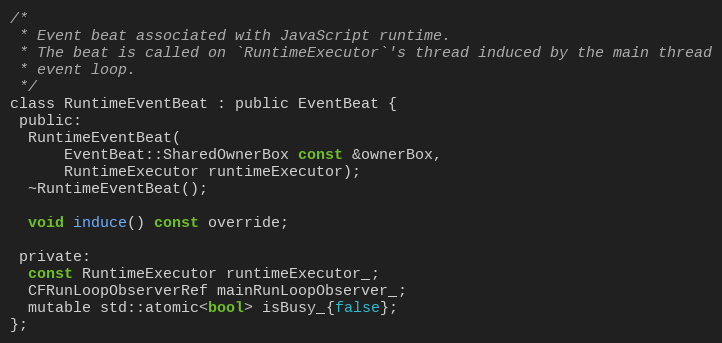
Language: C
/*
 * Event beat associated with JavaScript runtime.
 * The beat is called on `RuntimeExecutor`'s thread induced by the main thread
 * event loop.
 */
class RuntimeEventBeat : public EventBeat {
 public:
  RuntimeEventBeat(
      EventBeat::SharedOwnerBox const &ownerBox,
      RuntimeExecutor runtimeExecutor);
  ~RuntimeEventBeat();

  void induce() const override;

 private:
  const RuntimeExecutor runtimeExecutor_;
  CFRunLoopObserverRef mainRunLoopObserver_;
  mutable std::atomic<bool> isBusy_{false};
};